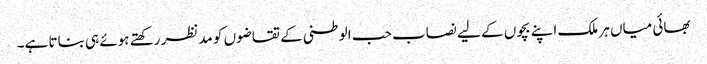
بھائی میاں ہر ملک اپنے بچوں کے لیے نصاب حب الوطنی کے تقاضوں کو مدنظر رکھتے ہوئے ہی بناتا ہے۔